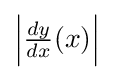
\left|{\tfrac {dy}{dx}}(x)\right|